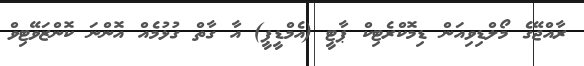
ރާއްޖޭގެ މޯލްޑިވިއަން ޑިމޮކްރެޓިކް ޕާޓީ (އެމްޑީޕީ) އާ ގާތް ގުޅުމެއް އޮންނަ ކޮންޒަވޭޓިވް